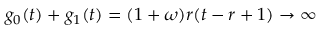
g _ { 0 } ( t ) + g _ { 1 } ( t ) = ( 1 + \omega ) r ( t - r + 1 ) \rightarrow \infty